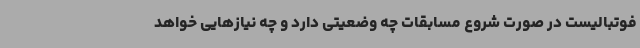
فوتبالیست در صورت شروع مسابقات چه وضعیتی دارد و چه نیازهایی خواهد